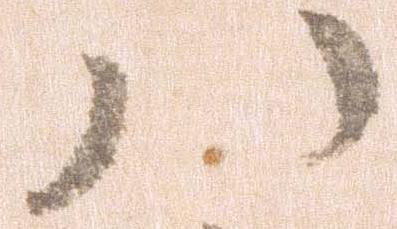
ハ